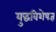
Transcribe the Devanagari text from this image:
युद्धविशेषज्ञ